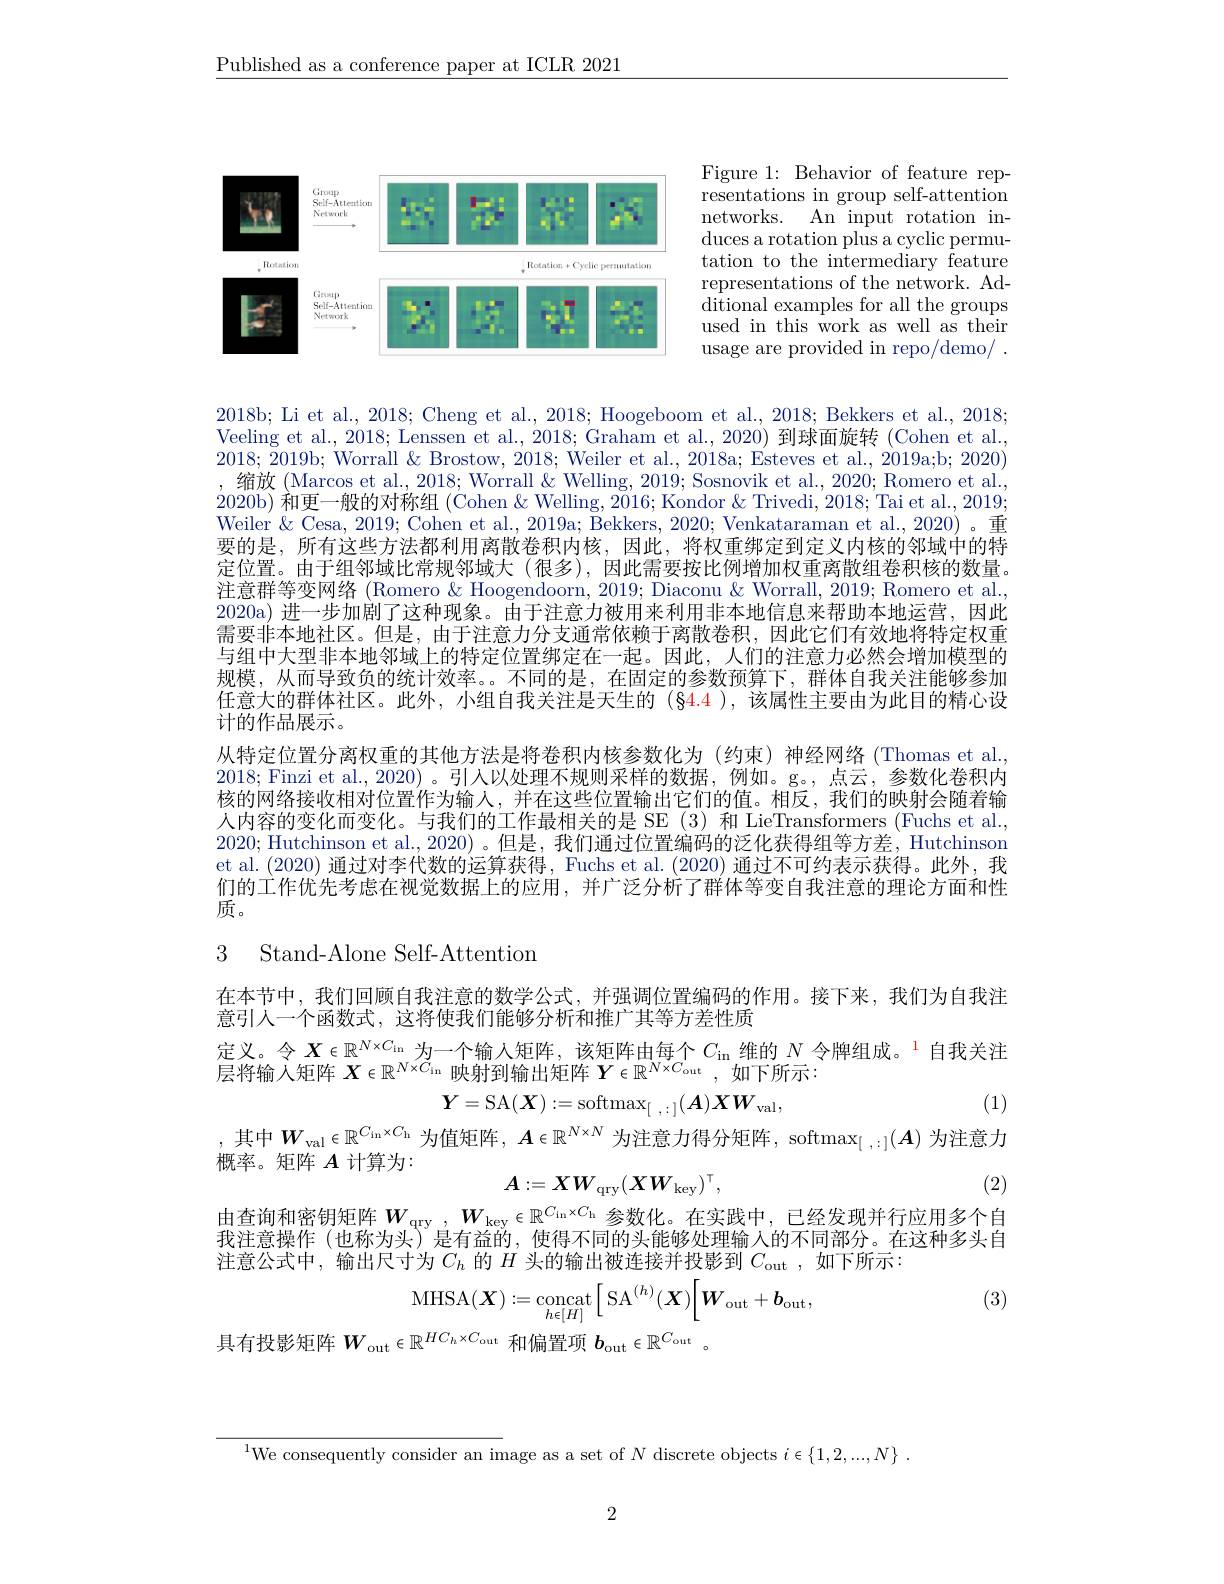
$\underline{\text{Published as a conference paper at ICLR 2021}}$

Figure 1: Behavior of feature representations in group self-attention networks. An input rotation induces a rotation plus a cyclic permutation to the intermediary feature representations of the network. Ad- $\operatorname*{ditional~examples~for~all~the~groups}$ used in this work as well as their usage are provided in repo/demo/ .

<FigureHere>

2018b; Li et al., 2018; Cheng et al., 2018; Hoogeboom et al., 2018; Bekkers et al., 2018; Veeling et al., 2018; Lenssen et al., 2018; Graham et al., 2020) 到球面旋转 (Cohen et al., 2018; 2019b; Worrall & Brostow, 2018; Weiler et al., 2018a; Esteves et al., 2019a;b; 2020) ,缩放(Marcos et al., 2018; Worrall& Welling, 2019; Sosnovik et al., 2020; Romero et al., 2020b) 和更一般的对称组 (Cohen & Welling, 2016; Kondor & Trivedi, 2018; Tai et al., 2019; Weiler & Cesa, 2019; Cohen et al., 2019a; Bekkers, 2020; Venkataraman et al., 2020)。重要的是，所有这些方法都利用离散卷积内核，因此，将权重绑定到定义内核的邻域中的特定位置。由于组邻域比常规邻域大 (很多),因此需要按比例增加权重离散组卷积核的数量。注意群等变网络 (Romero & Hoogendoorn, 2019; Diaconu & Worrall, 2019; Romero et al. 2020a) 进一步加剧了这种现象。由于注意力被用来利用非本地信息来帮助本地运营，因此需要非本地社区。但是，由于注意力分支通常依赖于离散卷积，因此它们有效地将特定权重与组中大型非本地邻域上的特定位置绑定在一起。因此，人们的注意力必然会增加模型的规模，从而导致负的统计效率。不同的是，在固定的参数预算下，群体自我关注能够参加任意大的群体社区。此外，小组自我关注是天生的 (§4.4 ),该属性主要由为此目的精心设计的作品展示。
从特定位置分离权重的其他方法是将卷积内核参数化为(约束)神经网络(Thomas et al. 2018; Finzi et al., 2020) 。引入以处理不规则采样的数据，例如。g。,点云，参数化卷积内核的网络接收相对位置作为输人，并在这些位置输出它们的值。相反，我们的映射会随着输人内容的变化而变化。与我们的工作最相关的是 SE (3) 和 LieTransformers (Fuchs et al., 2020; Hutchinson et al., 2020) 。但是，我们通过位置编码的泛化获得组等方差，Hutchinson et al. (2020) 通过对李代数的运算获得，Fuchs et al. (2020) 通过不可约表示获得。此外，我们的工作优先考虑在视觉数据上的应用，并广泛分析了群体等变自我注意的理论方面和性质。

## 3 Stand-Alone Self-Attention

在本节中，我们回顾自我注意的数学公式，并强调位置编码的作用。接下来，我们为自我注
意引人一个函数式，这将使我们能够分析和推广其等方差性质
定义。令$X\in\mathbb{R}^{N\times C_\mathrm{in}}$ 为一个输入矩阵，该矩阵由每个$C_\mathrm{in}$ 维的 $N\text{ 令牌组成。}^{1}$自我关注
层将输入矩阵$X\in\mathbb{R}^N\acute{\times}\tilde{C}_\mathrm{in}$映射到输出矩阵$Y\in\mathbb{R}^N\times C_\mathrm{out}$,如下所示：
(1)
$$\boldsymbol{Y}=\mathrm{SA}(\boldsymbol{X}):=\mathrm{softmax}_{[\:,\::\:]}(\boldsymbol{A})\boldsymbol{X}\boldsymbol{W}_{\mathrm{val}},$$
,其中$W_\mathrm{val}\in\mathbb{R}^{C_\mathrm{ln}\times C_\mathrm{h}}$ 为值矩阵$,\boldsymbol{A}\in\mathbb{R}^N\times N$ 为注意力得分矩阵，softmax$_[,:](\boldsymbol{A})$ 为注意力

概率。矩阵$A$计算为：
$$A:=XW_{\mathrm{qry}}(XW_{\mathrm{key}})^{\intercal},$$
(2)
由查询和密钥矩阵$W_\mathrm{qry},W_\mathrm{key}\in\mathbb{R}^{C_\mathrm{ln}\times C_\mathrm{h}}$参数化。在实践中，已经发现并行应用多个自

我注意操作 (也称为头) 是有益的，使得不同的头能够处理输入的不同部分。在这种多头自
注意公式中，输出尺寸为$C_h$ 的$H$ 头的输出被连接并投影到 $C_\mathrm{out}$, 如下所示：
$$\mathrm{MHSA}(\boldsymbol{X}):=\underset{h\epsilon[H]}{\mathrm{concat}}\Big[\mathrm{SA}^{(h)}(\boldsymbol{X})\Big[\boldsymbol{W}_{\mathrm{out}}+\boldsymbol{b}_{\mathrm{out}},$$
(3)

具有投影矩阵$W_\mathrm{out}\in\mathbb{R}^{HC_h\times C_\mathrm{out}}$和偏置项$b_\mathrm{out}\in\mathbb{R}^{C_\mathrm{out}}$

$^{1}$We consequently consider an image as a set of $N$ discrete objects $i\in\{1,2,...,N\}$

2